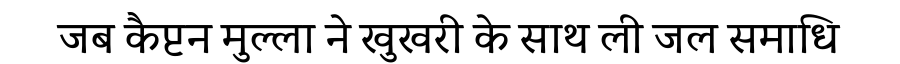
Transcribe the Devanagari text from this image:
जब कैप्टन मुल्ला ने खुखरी के साथ ली जल समाधि